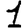
Digit: 1